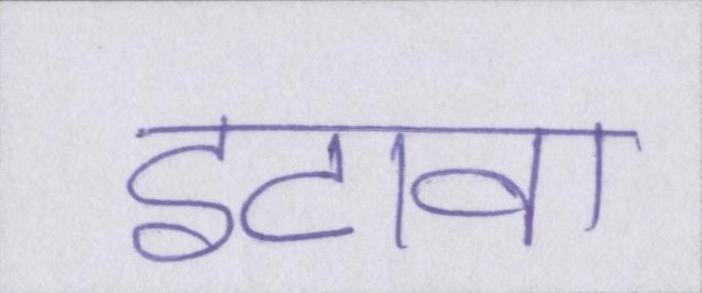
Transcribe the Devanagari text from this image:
इटावा